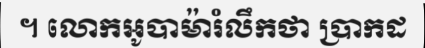
។ លោកអូបាម៉ារំលឹកថា ប្រាកដ